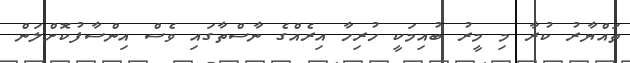
ތައްޔާރު ކުރާ މި މީރު ބުއިމަކީ ހުރިހާ އިރެއްގެ ނާސްތާގައި ވެސް އިންސާފުކޮށްލަން